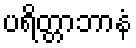
ပရိတ္တာဘာနံ